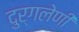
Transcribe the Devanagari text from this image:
दुर्गलेणी